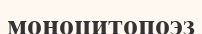
моноцитопоэз